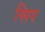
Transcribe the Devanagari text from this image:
सिर